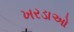
ખરડાઓ